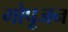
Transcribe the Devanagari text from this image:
गोपूजन